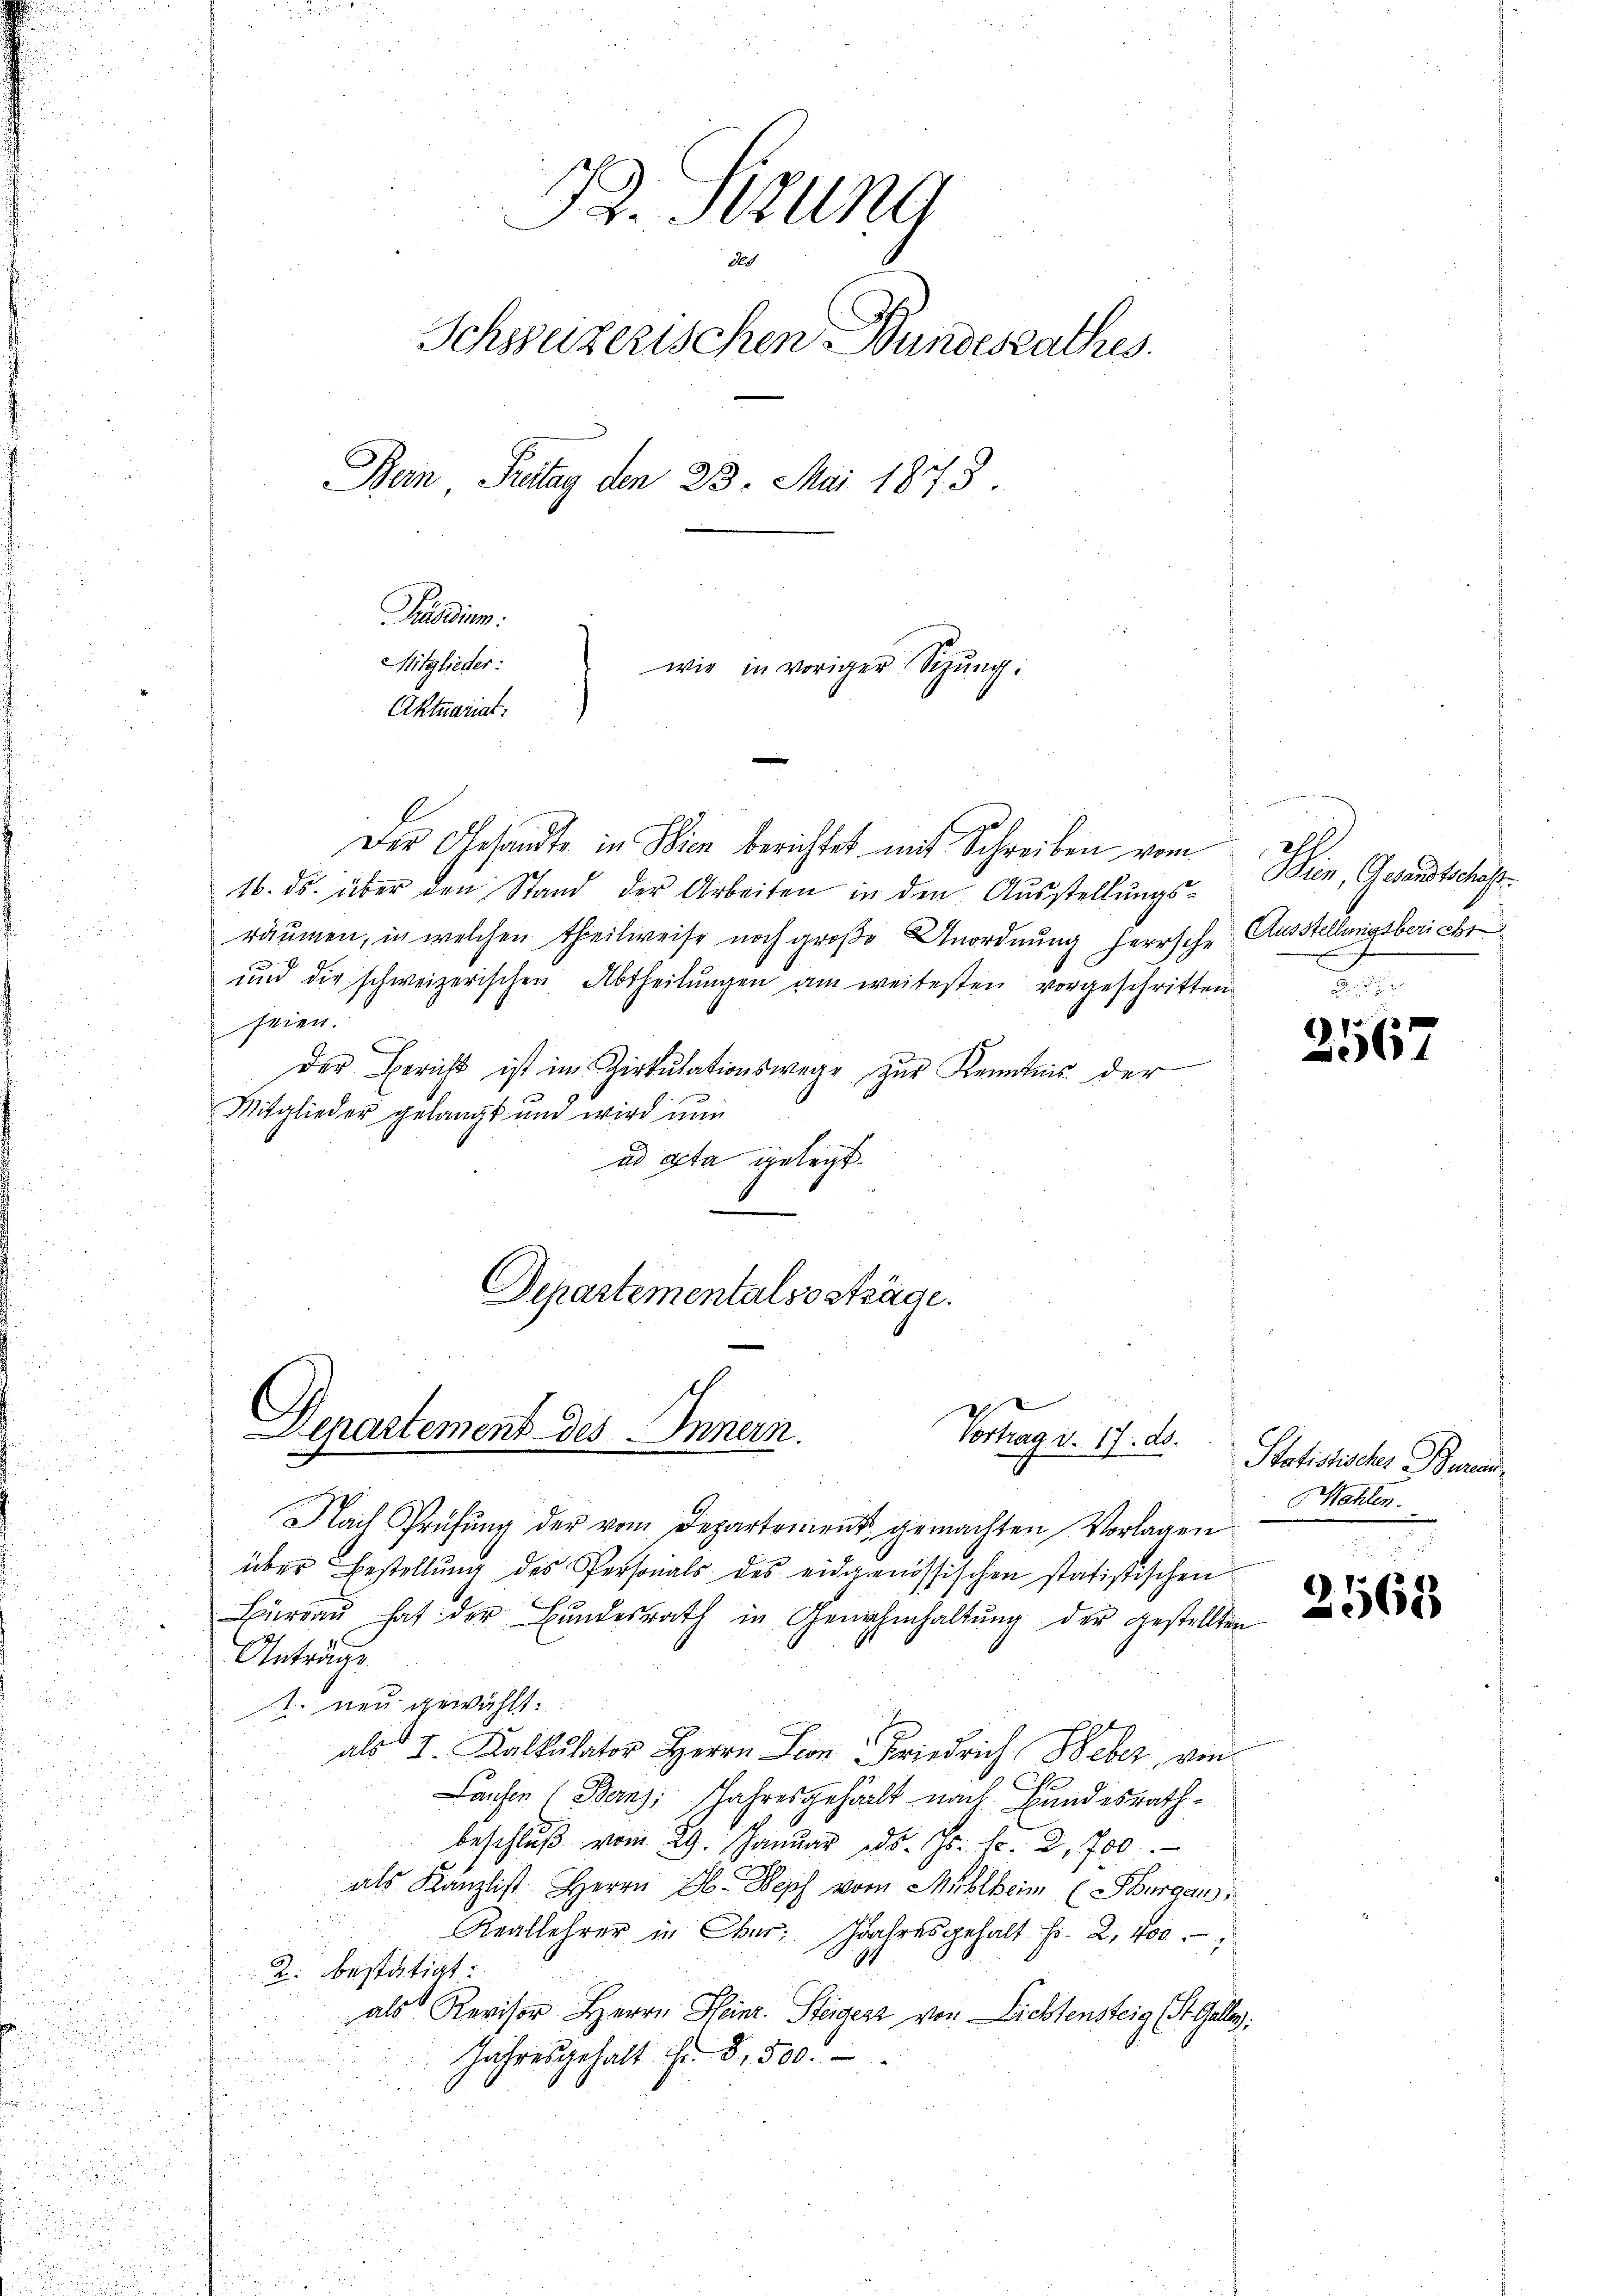
B. Sitzung
Schssüzerischen Wundesrathes
Ban, Pritag den 23. Mai 1873.
Präsidium.
Mitglieder:
wie in voriger Sitzung.
Aktuariat.

f
Der Gesandte in Wien berichtet mit Schreiben vom
16. ds. über den Stand der Arbeiten in den Aŭsstellŭngs-
räumen, in welchen theilweise noch große Anordnung herrsche Ausstellungsbericht
ŭnd die schweizerischen Abtheilŭngen am weitesten vorgeschritten
seien.
Der Bericht ist im Zirkulationswege zur Kenntnis der
Mitglieder gelangt und wird nun
ad acta gelegt.

Nach Prüfŭng der vom Departement gemachten Vorlagen
über Bestellŭng des Personals des eidgenössischen statistischen

Hürraŭ hat der Bŭndesrath in Genehmhaltŭng der gestellten
Anträge
1. neu gewählt.
als I. Kalkulator Herrn Lion Friedrich Weber, von
Lanhin (Berns, Jahresgehält nach Bundesrathbeschlŭβ vom 29. Januar d. Js. f. 2,700
als Kanzlist Herrn A. Wepf vom Mühlheim (Burgau,
Reallehrer in Ober: Jahresgehalt Fr. 2. 400
i
2. bestätigt.
e
t
als Revisor Herrn Heinr. Steigert von Lichtensteig (St. Galle.
.
Jahresgehalt Fr. 3,500.
i

Departementalso sträge.
Departement des Innern.
Vortrag v. 17. ds.

Seien, Gesandtschaft

.
967

Statistisches Bureau
Mahlen.

2568